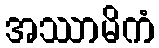
အဿာမိကံ